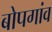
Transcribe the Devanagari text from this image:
बोपगांव